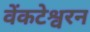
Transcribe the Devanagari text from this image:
वेंकटेश्वरन